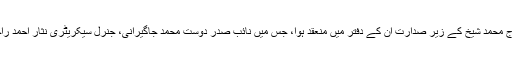
23 مئی2018ء) سکھر موٹر ورکس ایسوسی ایشن کا اجلاس صدر استاد تاج محمد شیخ کے زیر صدارت ان کے دفتر میں منعقد ہوا، جس میں نائب صدر دوست محمد جاگیرانی، جنرل سیکریٹری نثار احمد راجپوت، شفیق آرائیں، اصغر علی بھٹی سمیت دیگر عہدیداران نے شرکت کی۔